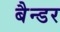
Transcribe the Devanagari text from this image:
बैन्डर